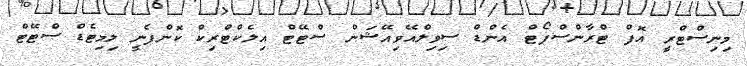
މިނިސްޓްރީ އޮފް ޓްރާންސްޕޯޓް އެންޑް ސިވިލްއޭވިއޭޝަން ސްޓޭޓް އިލެކްޓްރިކް ކޮންޕެނީ ލިމިޓެޑް ސްޓޭޓް